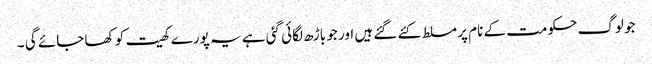
جو لوگ حکومت کے نام پر مسلط کئے گئے ہیں اور جو باڑھ لگائی گئی ہے یہ پورے کھیت کو کھا جائے گی ۔